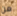
من